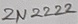
Text: 2N2222